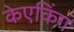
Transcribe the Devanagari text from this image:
केएकिंग